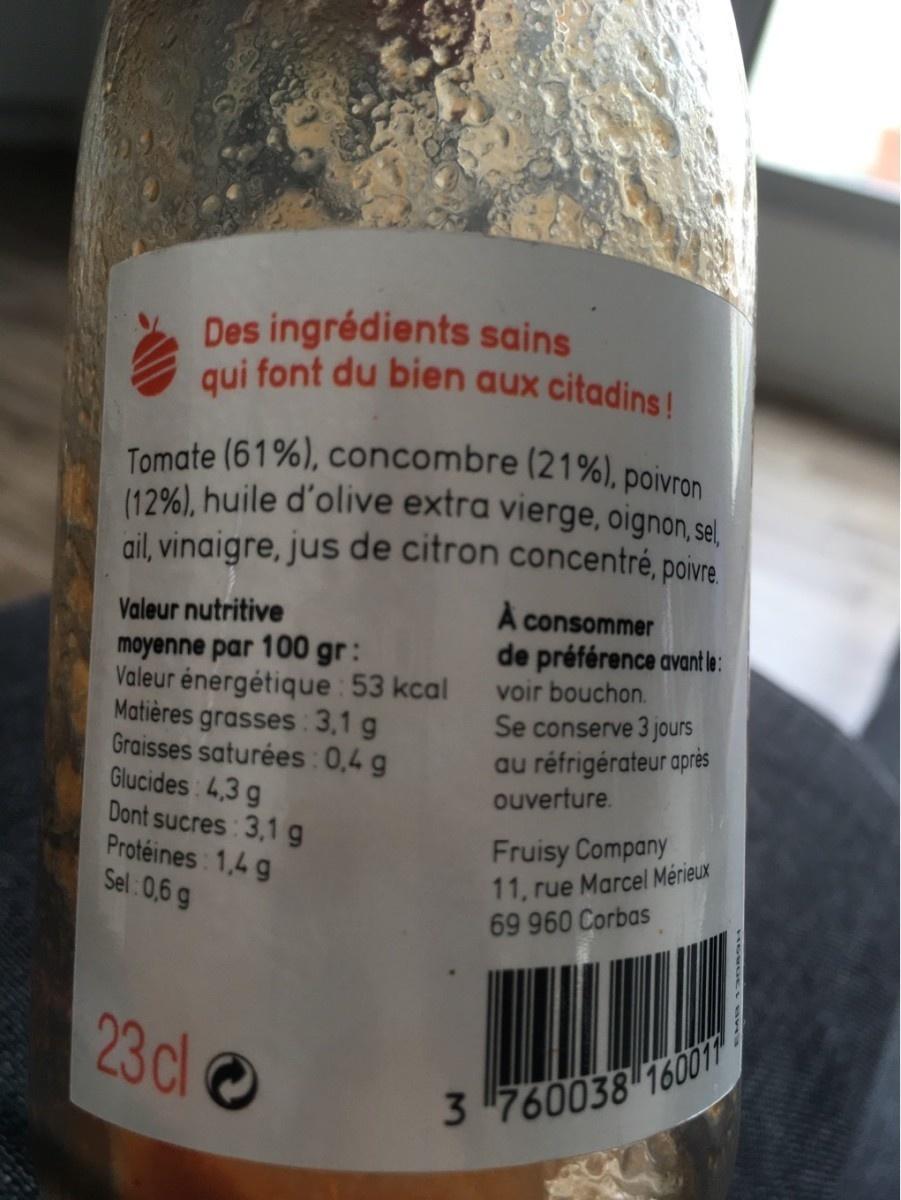
Des ingrédients sains qui font du bien aux citadins !
Tomate (61%), concombre (21%), poivron (12%), huile d'olive extra vierge, oignon, sel ail, vinaigre, jus de citron concentré, poivre
À consommer de préférence avantle: voir bouchon. Se conserve 3 jours au réfrigérateur après ouverture.
Valeur nutritive
moyenne par 100 gr: Valeur énergétique : 53 kcal Matières grasses : 3,1 g Graisses saturées : 0,4 g Glucides 4,3 g Dont sucres 3,1 g Protéines: 1,4 g Sel 0,6 g
Fruisy Company 11, rue Marcel Mérieux 69 960 Corbas
23cl
3 760038 160011